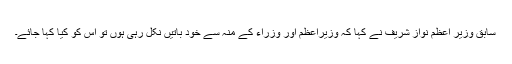
سابق وزیر اعظم نواز شریف نے کہا کہ وزیراعظم اور وزراء کے منہ سے خود باتیں نکل رہی ہوں تو اس کو کیا کہا جائے۔